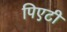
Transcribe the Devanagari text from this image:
पिएटी